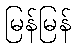
မြန်မြန်